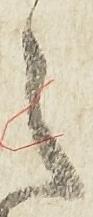
之